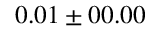
0 . 0 1 \pm 0 0 . 0 0